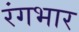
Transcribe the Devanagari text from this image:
रंगभार